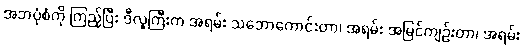
အဘပုံစံကို ကြည့်ပြီး ဒီလူကြီးက အရမ်း သဘောကောင်းတာ၊ အရမ်း အမြင်ကျဉ်းတာ၊ အရမ်း